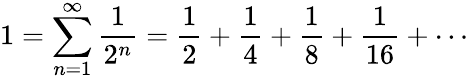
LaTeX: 1=\sum_{n=1}^{\infty}{\frac{1}{2^{n}}}={\frac{1}{2}}+{\frac{1}{4}}+{\frac{1}{8}}+{\frac{1}{16}}+\cdots